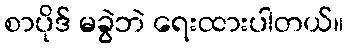
စာပိုဒ် မခွဲဘဲ ရေးထားပါတယ်။